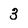
Character: 3